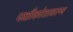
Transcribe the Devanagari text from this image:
पक्षीकोशावरून